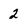
Character: 2